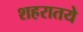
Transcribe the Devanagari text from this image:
शहरातये